Civil Veterinary Dept. North-West Frontier Province 1901-22 - 1901-1922
Year: 1901
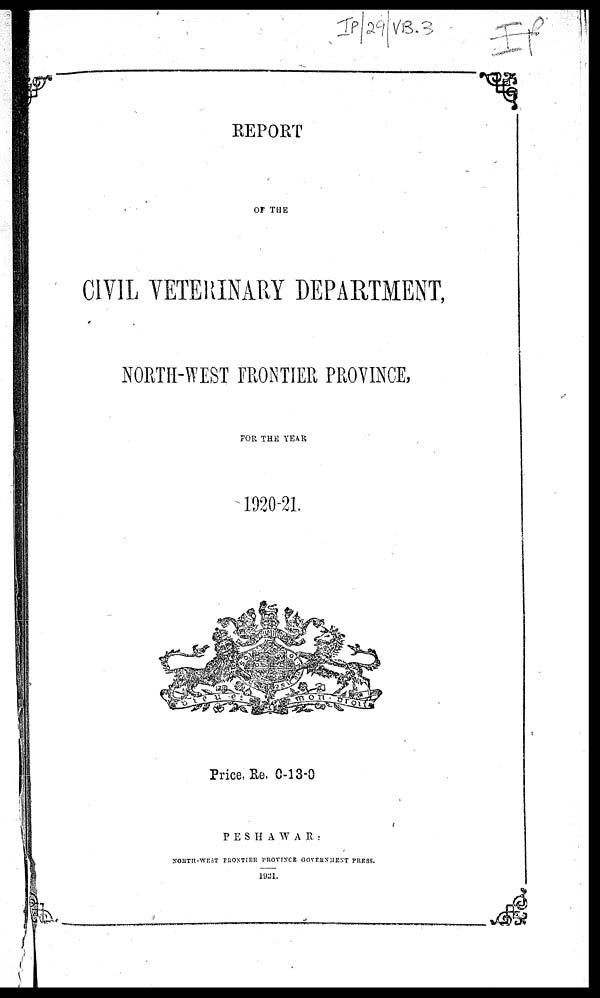
REPORT
OF THE
CIVIL VETERINARY DEPARTMENT,
NORTH-WEST FRONTIER PROVINCE,
FOR THE YEAR
1920-21.
Price, Re. 0-13-0
PESHAWAR:
NORTH-WEST PRENTICE PROVINCE GOVERNMENT PRESS.
1921.